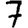
Digit: 7